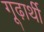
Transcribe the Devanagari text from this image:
गूढ़ार्थी